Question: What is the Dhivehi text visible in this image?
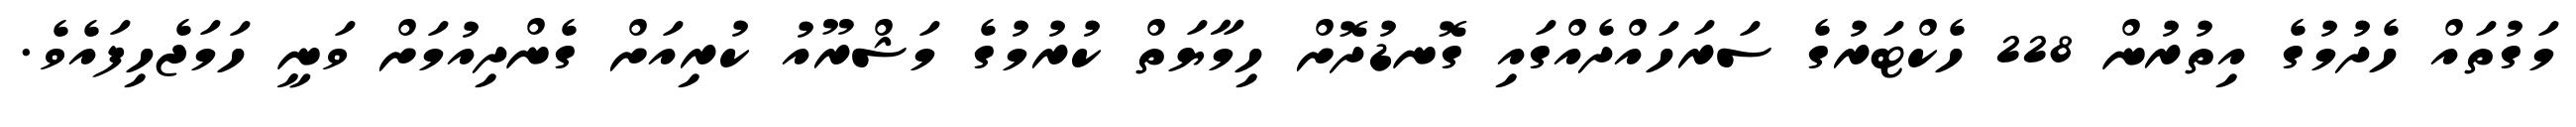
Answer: މަގުތައް ހެދުމުގެ އިތުރުން 228 ހެކްޓަރުގެ ސަރަހައްދެއްގައި ގޮނޑުދޮށް ހިމާޔަތް ކުރުމުގެ މަޝްރޫއު ކުރިއަށް ގެންދިއުމަށް ވަނީ ހަމަޖެހިފައެވެ.